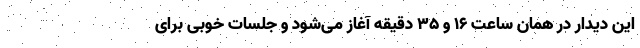
این دیدار در همان ساعت ۱۶ و ۳۵ دقیقه آغاز می‌شود و جلسات خوبی برای